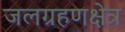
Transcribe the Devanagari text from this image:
जलग्रहणक्षेत्र